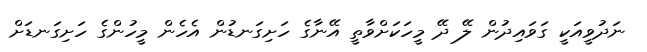
ނަދުވީއަކީ ގަވައިދުން ލޭ ދޭ މީހަކަށްވާތީ އޭނާގެ ހަށިގަނޑުން އެހެން މީހުންގެ ހަށިގަނޑަށް